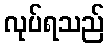
လုပ်ရသည်